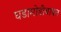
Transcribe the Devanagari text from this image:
घडामोडींबाबत